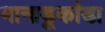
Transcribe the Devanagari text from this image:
मानाडूकांडा